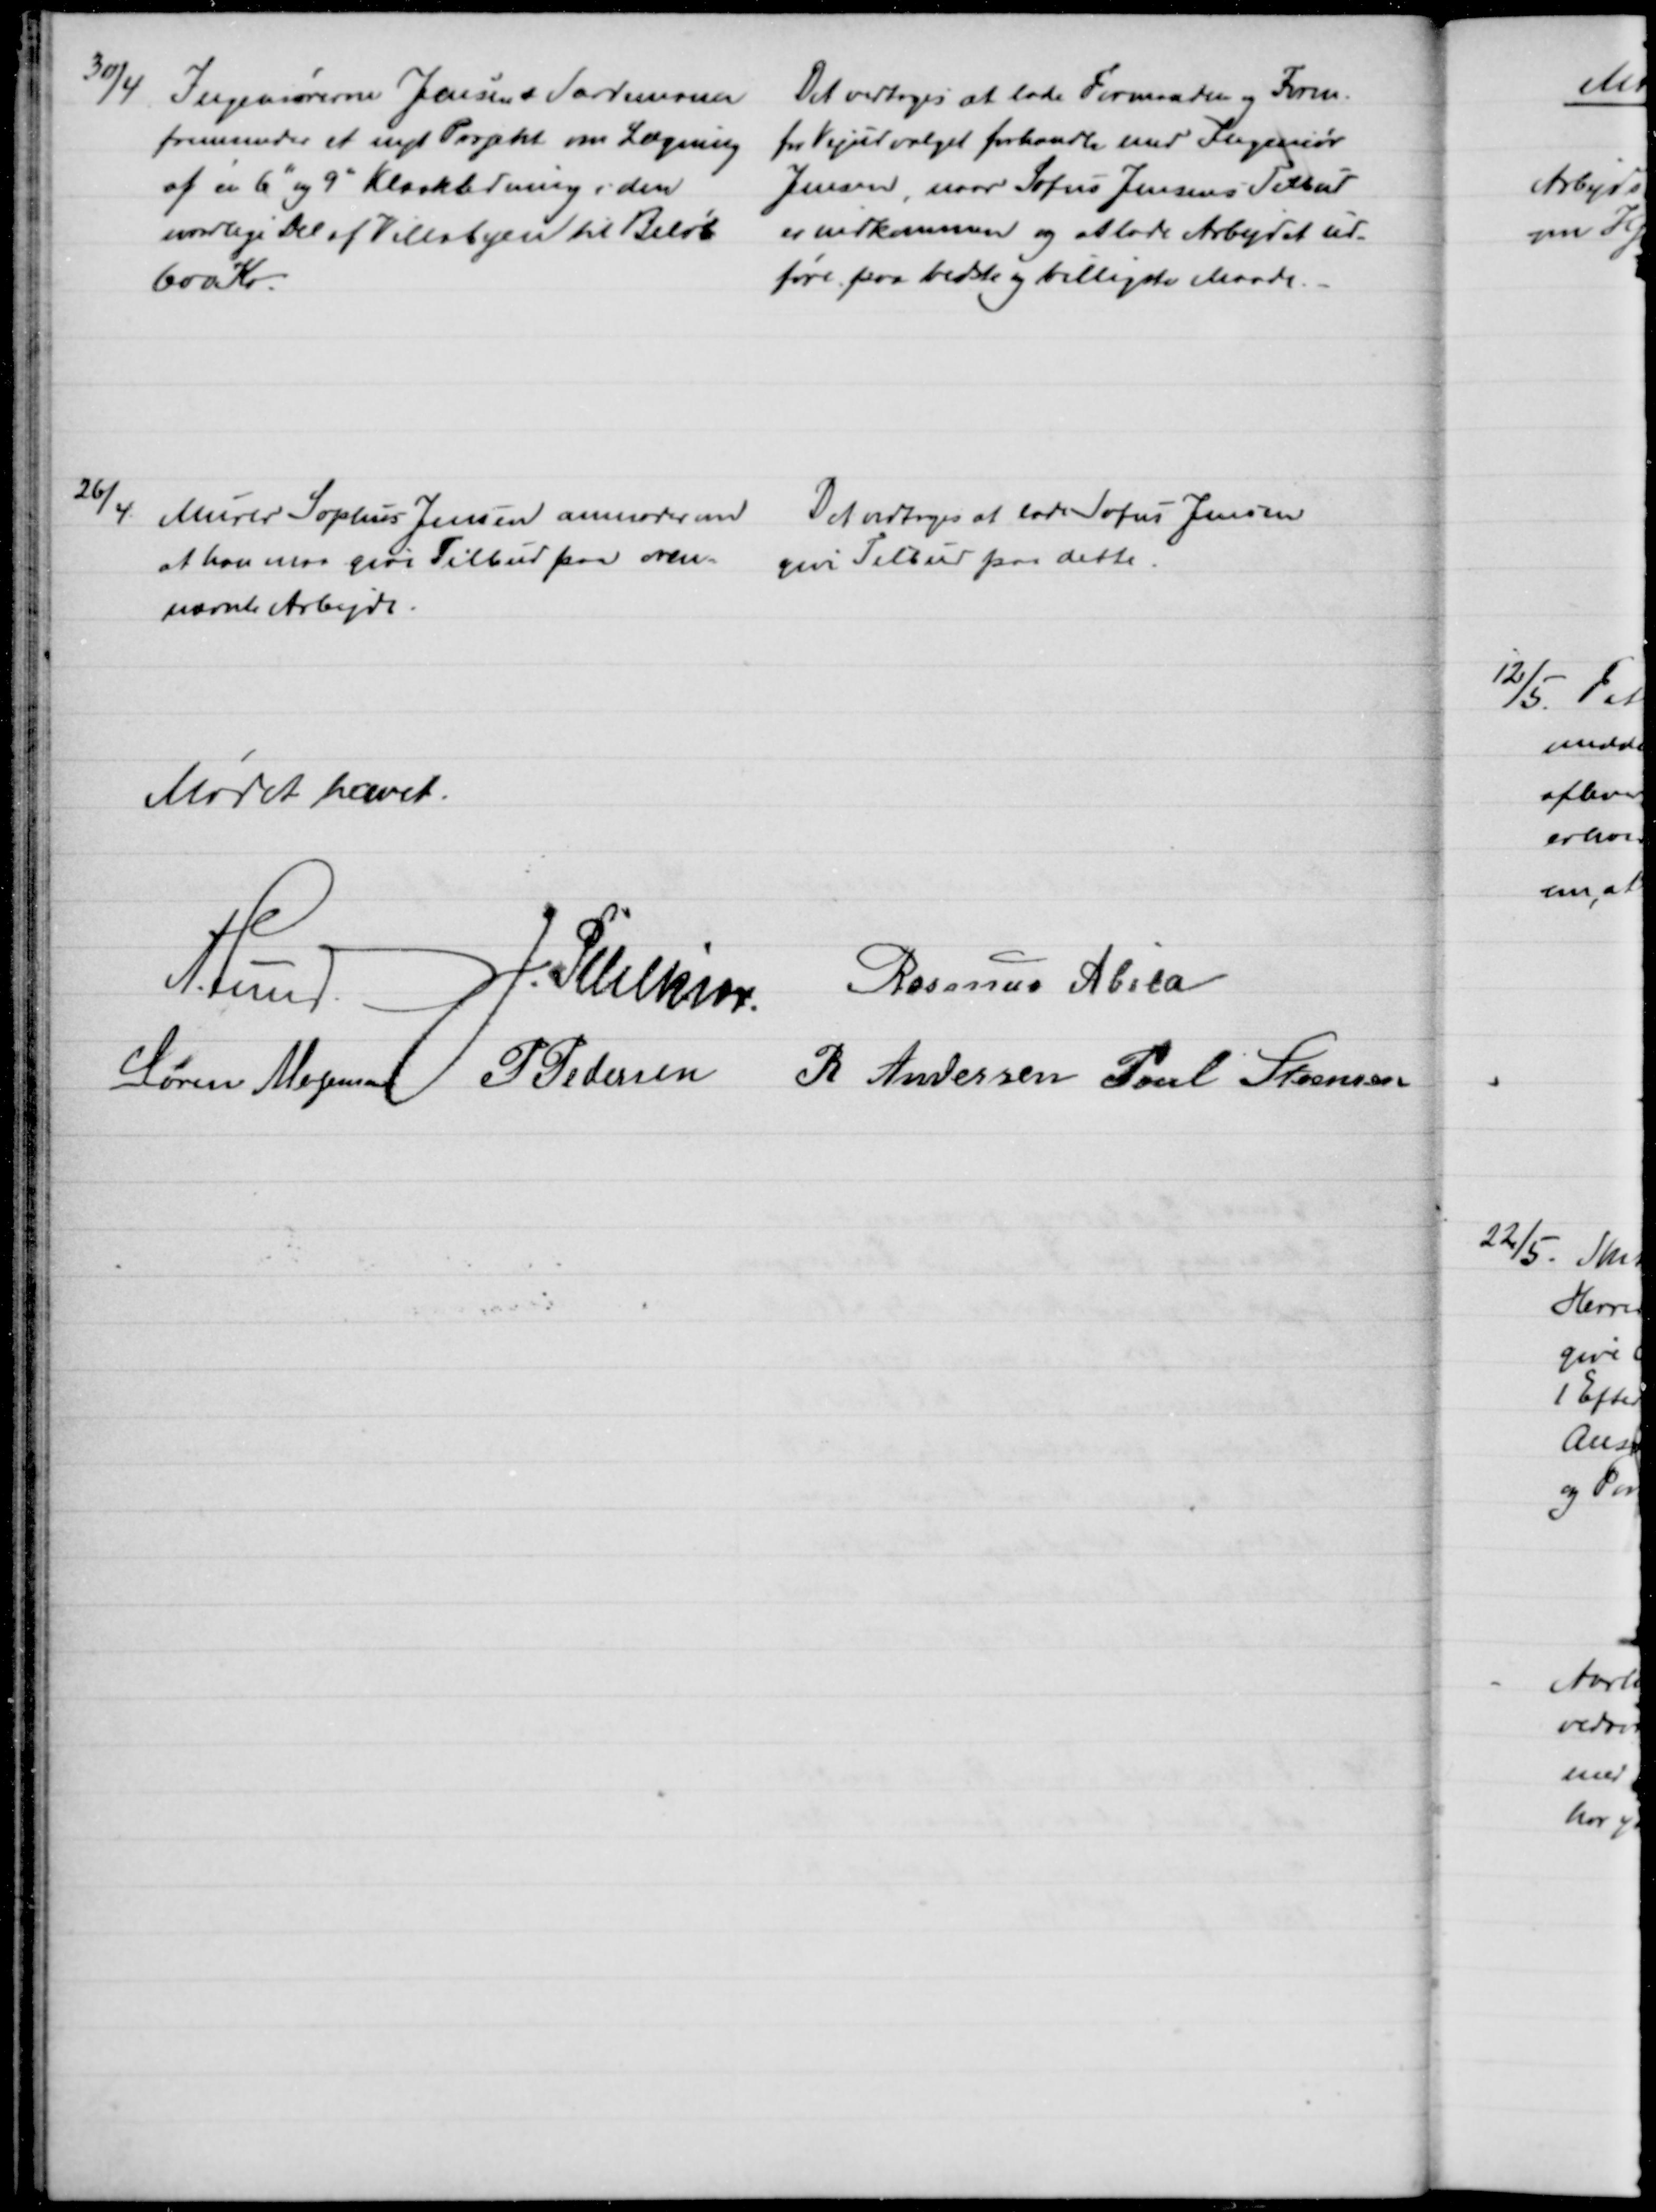
Transskription:
30/4
Ingeniørerne Jensen & Sardemann
fremsender et nyt Projekt om Lægning
af en 6" og 9" Kloakledning i den
nordlige Del af Villabyen til Beløb 
600 Kr.
Det vedtoges at lade Formanden og Form.
for Vejudvalget forhandle med Ingeniør
Jensen, naar Sofus Jensens Tilbud
er indkommen og at lade Arbejdet ud-
føre paa bedste og billigste Maade.
26/4
Murer Sophus Jensen anmoder om
at han maa give Tilbud paa oven-
nævnte Arbejde.
Det vedtoges at lade Sofus Jensen
give Tilbud paa dette.
Mødet hævet.
A. Lund. 
J. Pihlkjær 
Rasmus Abild
Søren Mogensen P. Pedersen
R. Andersen Poul Steensen